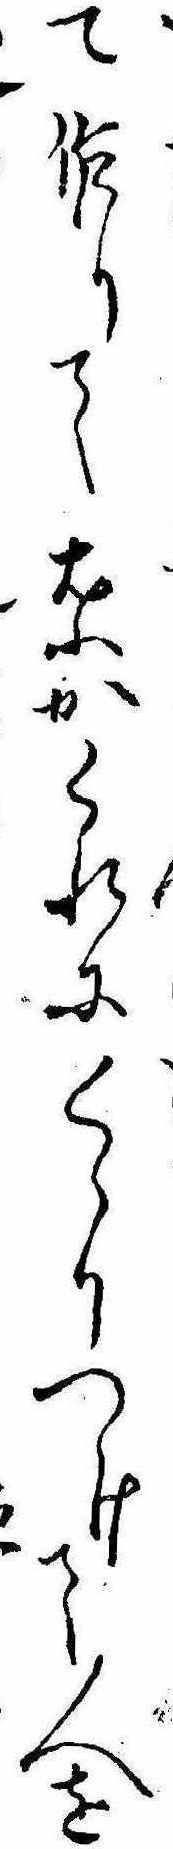
て作りて葉かくれにくゝりつけて人を